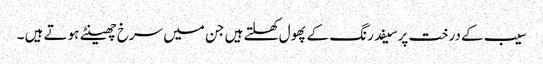
سیب کے درخت پرسیفد رنگ کے پھول کھلتے ہیں جن میں سرخ چھینٹے ہوتے ہیں ۔